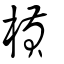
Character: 槓